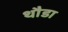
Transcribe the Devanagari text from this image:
थौडा